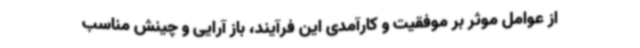
از عوامل موثر بر موفقیت و کارآمدی این فرآیند، باز آرایی و چینش مناسب